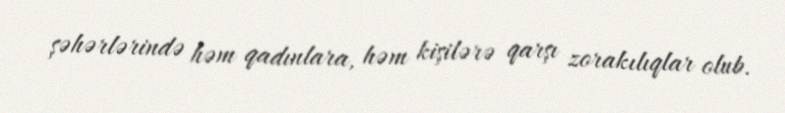
şəhərlərində həm qadınlara, həm kişilərə qarşı zorakılıqlar olub.